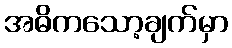
အဓိကသော့ချက်မှာ